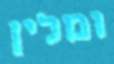
ומלין